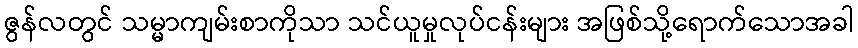
ဇွန်လတွင် သမ္မာကျမ်းစာကိုသာ သင်ယူမှုလုပ်ငန်းများ အဖြစ်သို့ရောက်သောအခါ